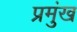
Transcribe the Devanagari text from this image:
प्रमुंख